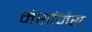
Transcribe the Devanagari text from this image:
मेसांजेस